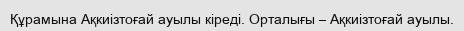
Құрамына Ақкиізтоғай ауылы кіреді. Орталығы – Ақкиізтоғай ауылы.